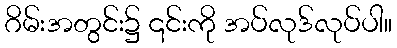
ဂိမ်းအတွင်း၌ ၎င်းကို အပ်လုဒ်လုပ်ပါ။